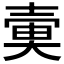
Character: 𡔱